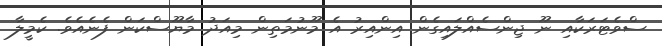
ސްވެޓަރަކާއި ނޫ ޖިންސެއްލައިގެން އިންއިރު އެ މޫނުމަތިން މިއަދު މާޔޫސްކަން ފެނެއެވެ. ކެމީލާ